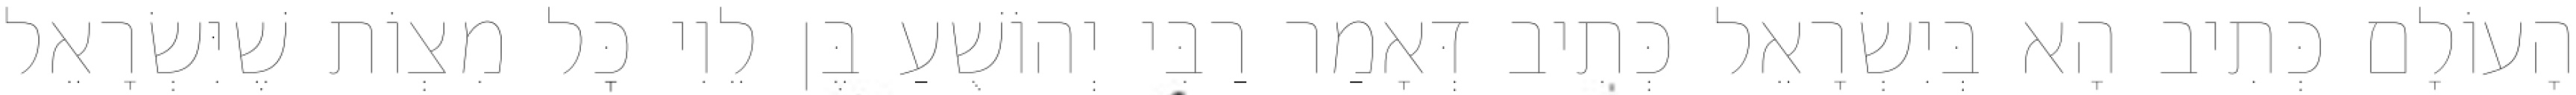
הָעוֹלָם כְּתִיב הָא בְּיִשְׂרָאֵל כְּתִיב דְּאָמַר רַבִּי יְהוֹשֻׁעַ בֶּן לֵוִי כׇּל מִצְוֹת שֶׁיִּשְׂרָאֵל